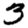
Digit: 3